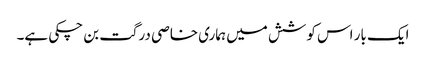
ایک بار اس کوشش میں ہماری خاصی درگت بن چکی ہے۔